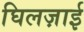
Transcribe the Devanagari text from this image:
घिलज़ाई